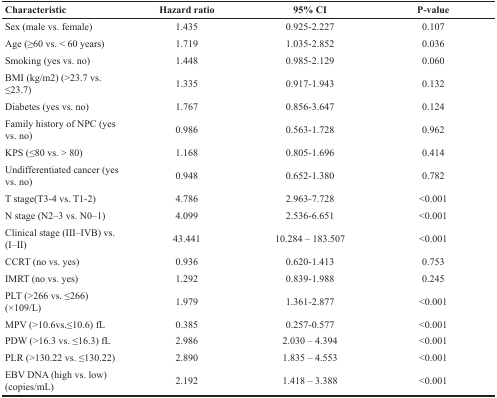
| Characteristic | Hazard ratio | 95% CI | P-value |
 | --- | --- | --- | --- |
 | Sex (male vs. female) | 1.435 | 0.925-2.227 | 0.107 |
 | Age (≥60 vs. < 60 years) | 1.719 | 1.035-2.852 | 0.036 |
 | Smoking (yes vs. no) | 1.448 | 0.985-2.129 | 0.060 |
 | BMI (kg/m2) (>23.7 vs. ≤23.7) | 1.335 | 0.917-1.943 | 0.132 |
 | Diabetes (yes vs. no) | 1.767 | 0.856-3.647 | 0.124 |
 | Family history of NPC (yes vs. no) | 0.986 | 0.563-1.728 | 0.962 |
 | KPS (≤80 vs. > 80) | 1.168 | 0.805-1.696 | 0.414 |
 | Undifferentiated cancer (yes vs. no) | 0.948 | 0.652-1.380 | 0.782 |
 | T stage(T3-4 vs. T1-2) | 4.786 | 2.963-7.728 | <0.001 |
 | N stage (N2–3 vs. N0–1) | 4.099 | 2.536-6.651 | <0.001 |
 | Clinical stage (III–IVB) vs. (I–II) | 43.441 | 10.284 – 183.507 | <0.001 |
 | CCRT (no vs. yes) | 0.936 | 0.620-1.413 | 0.753 |
 | IMRT (no vs. yes) | 1.292 | 0.839-1.988 | 0.245 |
 | PLT (>266 vs. ≤266) (×109/L) | 1.979 | 1.361-2.877 | <0.001 |
 | MPV (>10.6vs.≤10.6) fL | 0.385 | 0.257-0.577 | <0.001 |
 | PDW (>16.3 vs. ≤16.3) fL | 2.986 | 2.030 – 4.394 | <0.001 |
 | PLR (>130.22 vs. ≤130.22) | 2.890 | 1.835 – 4.553 | <0.001 |
 | EBV DNA (high vs. low) (copies/mL) | 2.192 | 1.418 – 3.388 | <0.001 |